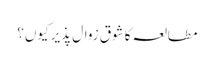
مطالعہ کا شوق زوال پذیر کیوں؟